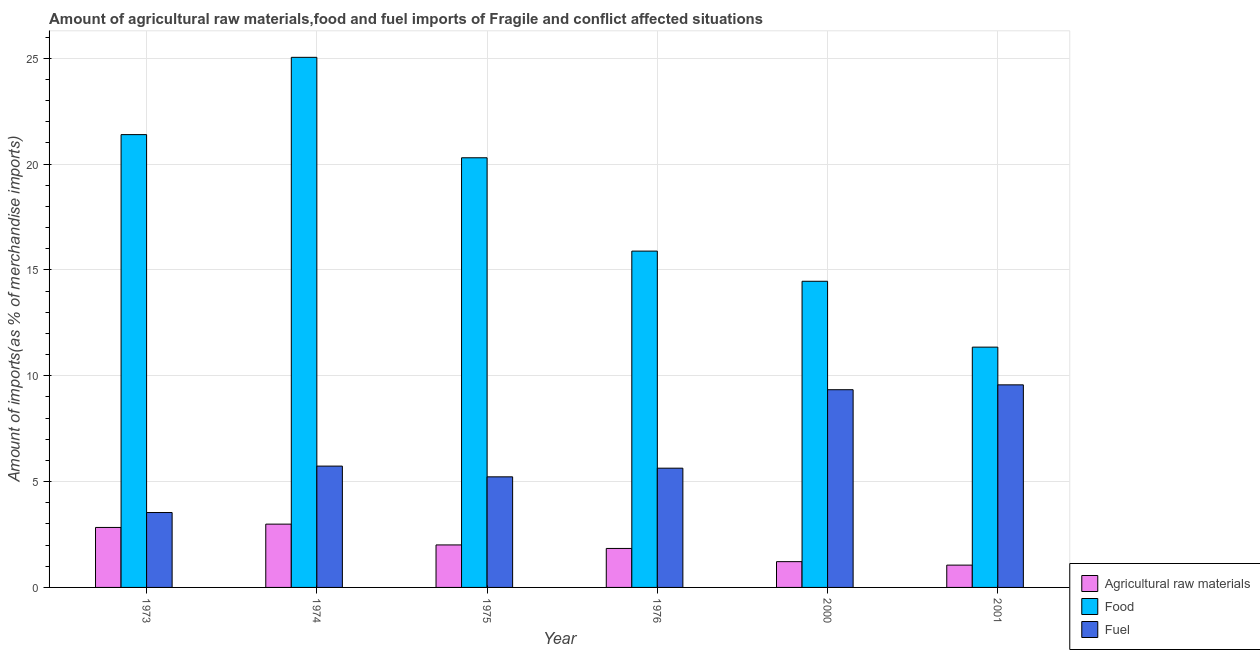
| Year | Agricultural raw materials | Food | Fuel |
 | --- | --- | --- | --- |
 | 1973 | 2.83 | 21.4 | 3.54 |
 | 1974 | 2.99 | 25 | 5.73 |
 | 1975 | 2.01 | 20.3 | 5.22 |
 | 1976 | 1.84 | 15.9 | 5.63 |
 | 2000 | 1.22 | 14.5 | 9.34 |
 | 2001 | 1.05 | 11.4 | 9.57 |